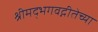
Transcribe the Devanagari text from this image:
श्रीमद्भगवद्गीतेच्या